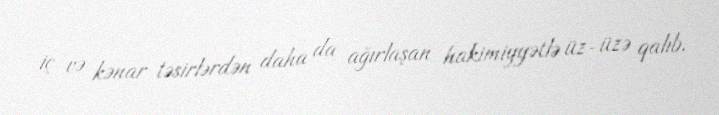
iç və kənar təsirlərdən daha da ağırlaşan hakimiyyətlə üz-üzə qalıb.